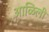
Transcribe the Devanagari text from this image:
आळिली